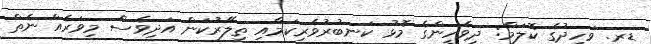
ޑރ. ވަހީދުގެ ކޮލަމް: ދިވެހީންގެ މޮޅު ކަނބުރުވެރިކަމާއި ތިލޭރުކަން އަދިވެސް މިވަރެއް ނެތް